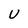
Character: U